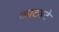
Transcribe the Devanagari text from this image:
काटवटे